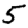
Digit: 5